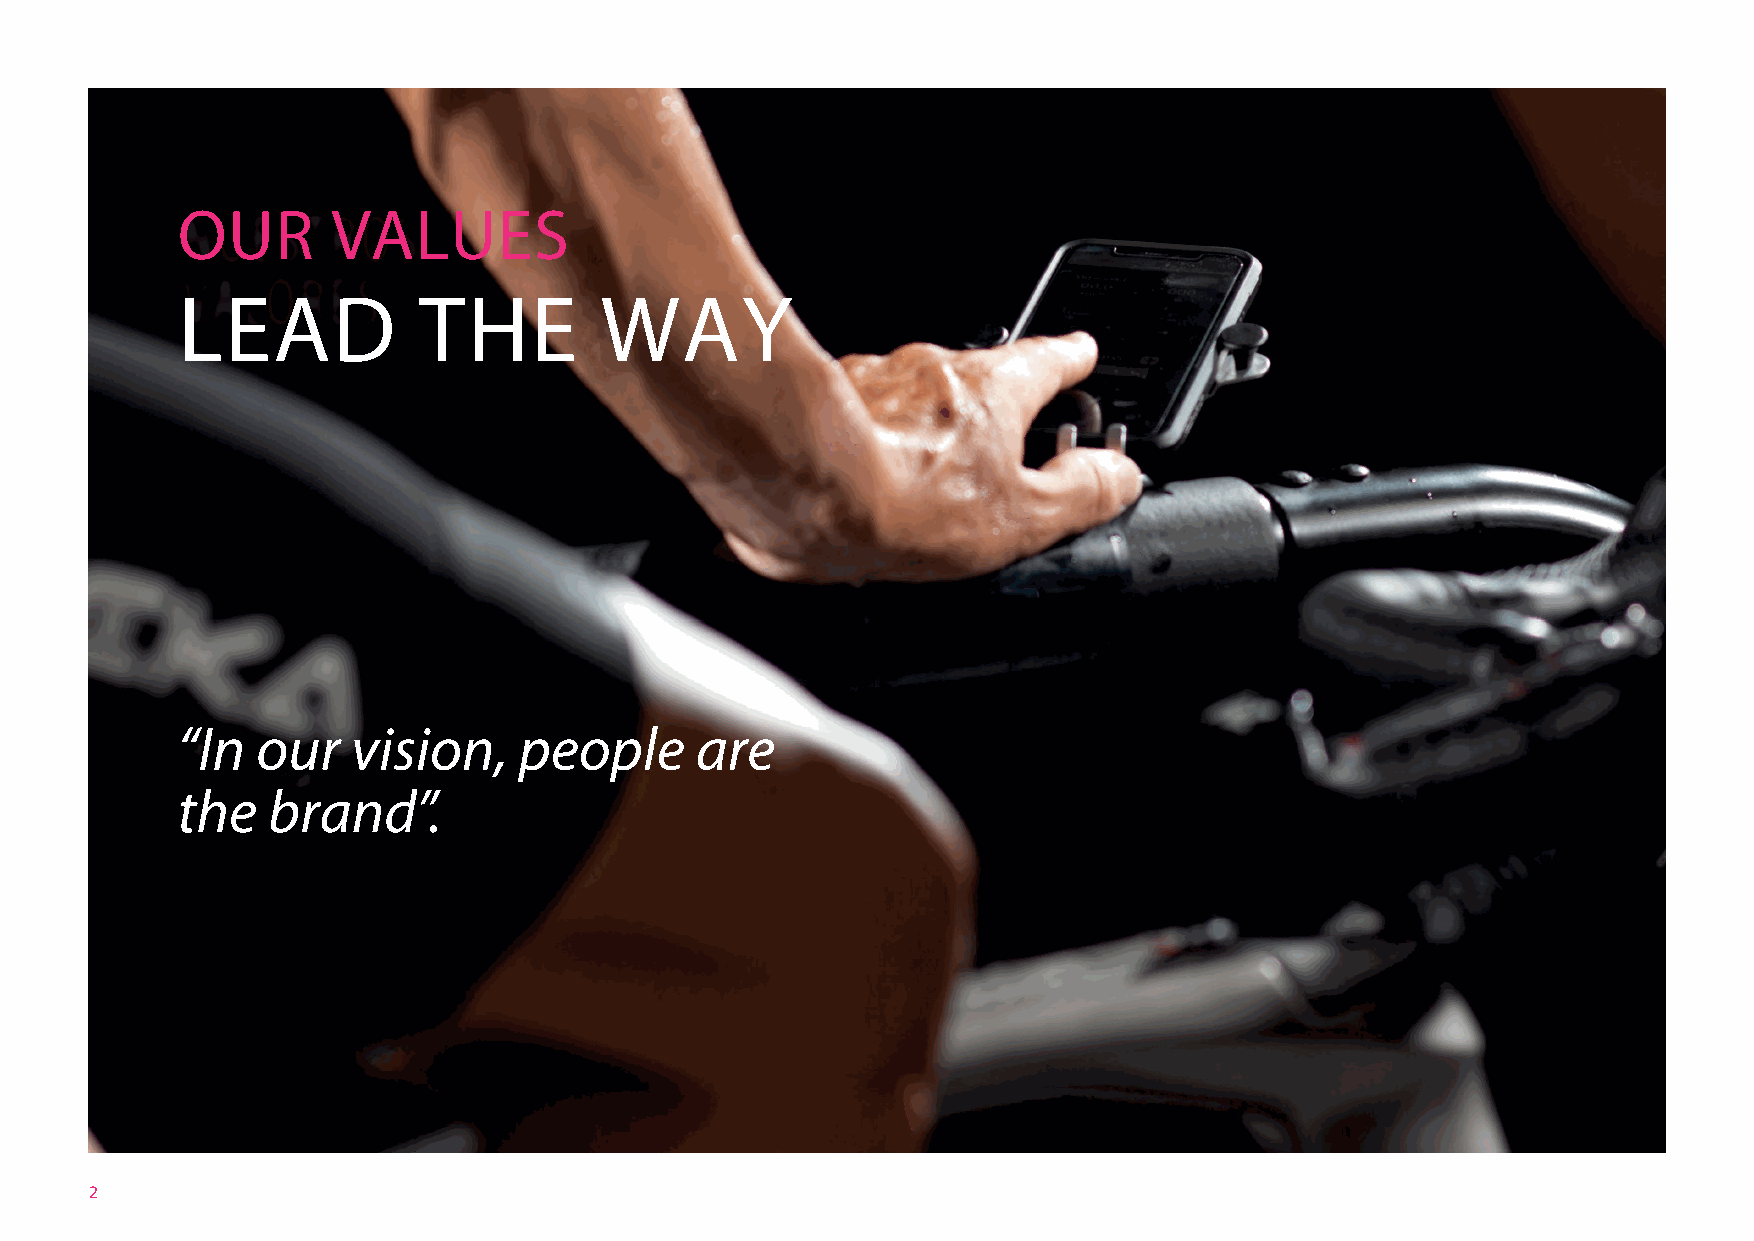
OUR       VALUES
 LEAD            THE         WAY
 “In  our   vision,    people      are
 the   brand”.
 2